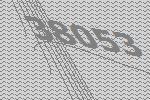
38053